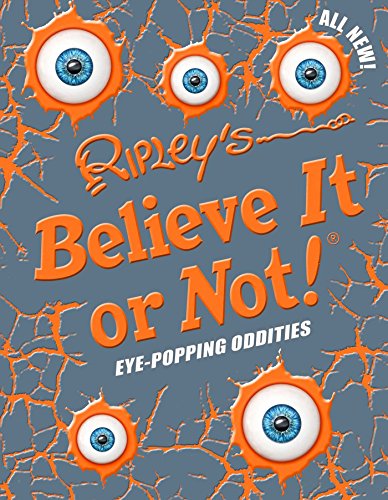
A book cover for Ripley's Believe It Or Not! Eye-Popping Oddities (ANNUAL); Humor & Entertainment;